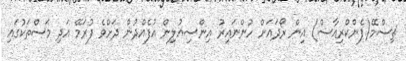
ޗިސްމޭ(ޕެންކްރިއާސް) އިން ރޯދައަށް ހުންނައިރު އިންސިއުލިން އުފެއްދުން ދަށްވެ ފުރަމޭ އަދި މަސްތަކުގައި